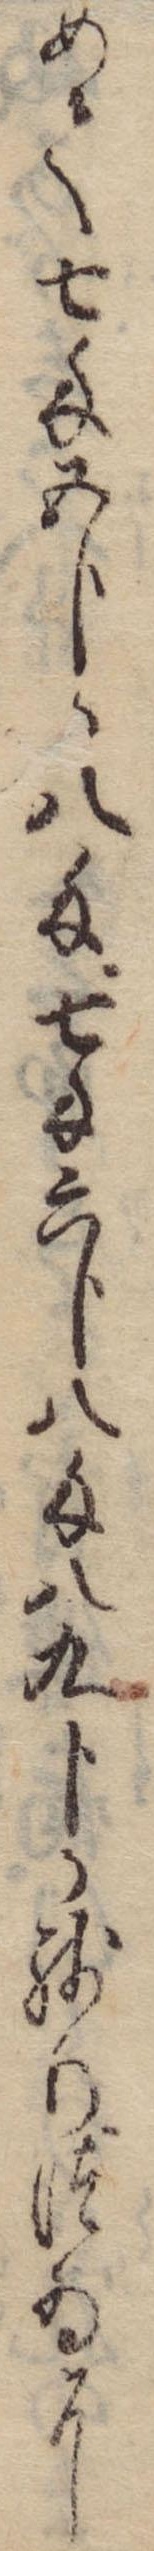
めて七匁五分か八匁七匁六分八匁八九分か残りつゐに